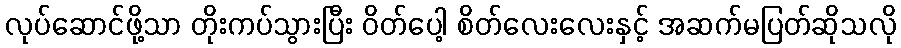
လုပ်ဆောင်ဖို့သာ တိုးကပ်သွားပြီး ဝိတ်ပေါ့ စိတ်လေးလေးနှင့် အဆက်မပြတ်ဆိုသလို